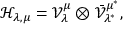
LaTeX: \mathcal { H } _ { \lambda , \mu } = \mathcal { V } _ { \lambda } ^ { \mu } \otimes \bar { \mathcal { V } } _ { \lambda ^ { * } } ^ { \mu ^ { * } } ,